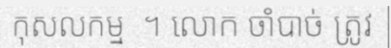
កុសលកម្ម  ។ លោក ចាំបាច់ ត្រូវ